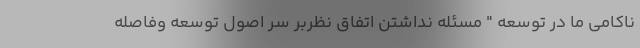
ناکامی ما در توسعه " مسئله نداشتن اتفاق نظربر سر اصول توسعه وفاصله